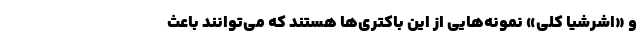
و «اشرشیا کلی» نمونه‌هایی از این باکتری‌ها هستند که می‌توانند باعث